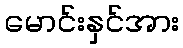
မောင်းနှင်အား